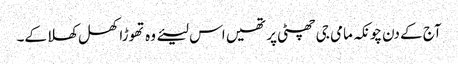
آج کے دن چونکہ مامی جی چھٹی پر تھیں اس لیئے وہ تھوڑا کھل کھلا کے۔